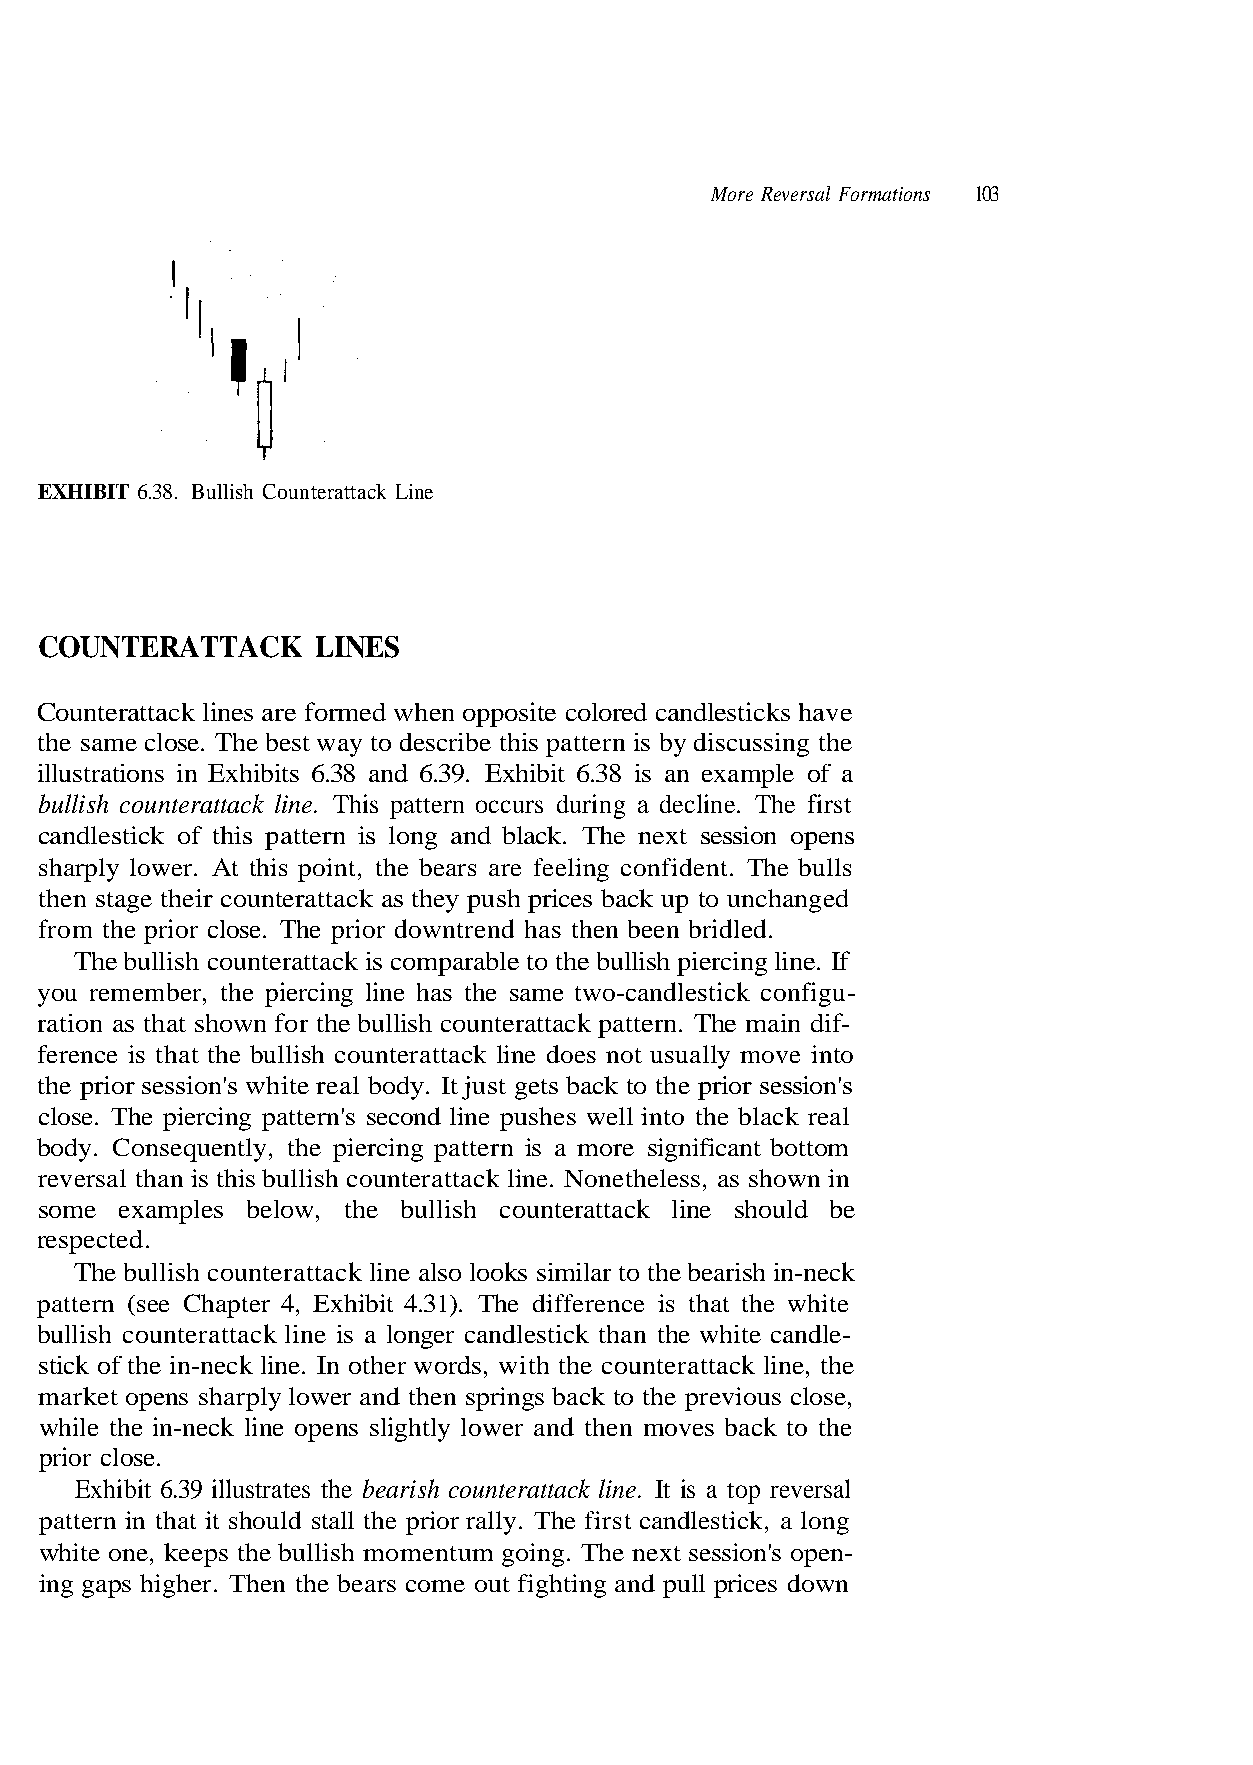
More Reversal Formations 103
 EXHIBIT 6.38. Bullish Counterattack Line
 COUNTERATTACK     LINES
 Counterattack lines are formed when opposite colored candlesticks have
 bullish counterattack line. This pattern occurs during a decline. The first
 candlestick of this pattern is long and black. The next session opens
 then stage their counterattack as they push prices back up to unchanged
 The bullish counterattack is comparable to the bullish piercing line. If
 you remember, the piercing line has the same two-candlestick configu-
 close. The piercing pattern's second line pushes well into the black real
 body. Consequently, the piercing pattern is a more significant bottom
 some  examples below, the bullish counterattack line should be
 respected.
 The bullish counterattack line also looks similar to the bearish in-neck
 pattern (see Chapter 4, Exhibit 4.31). The difference is that the white
 bullish counterattack line is a longer candlestick than the white candle-
 stick of the in-neck line. In other words, with the counterattack line, the
 prior close.
 Exhibit 6.39 illustrates the bearish counterattack line. It is a top reversal
 n i n w o h s s a , s s e l e h t e n o N . e n
 - dif
 li
 n
 k
 wn
 i a
 c
 o
 m
 a
 d
 he
 tt
 ces
 T
 s
 a
 ri
 pattern.
 or session'
 unter
 nd pull p
 the same close. The best way to describe this pattern is by discussing the
 illustrations in Exhibits 6.38 and 6.39. Exhibit 6.38 is an example of a
 sharply lower. At this point, the bears are feeling confident. The bulls
 from the prior close. The prior downtrend has then been bridled.
 ration as that shown for the bullish counterattack
 ference is that the bullish counterattack line does not usually move into
 the prior session's white real body. It just gets back to the pri
 reversal than is this bullish co
 market opens sharply lower and then springs back to the previous close,
 while the in-neck line opens slightly lower and then moves back to the
 pattern in that it should stall the prior rally. The first candlestick, a long
 white one, keeps the bullish momentum going. The next session's open-
 ing gaps higher. Then the bears come out fighting a